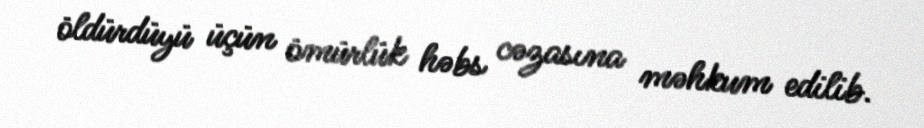
öldürdüyü üçün ömürlük həbs cəzasına məhkum edilib.